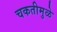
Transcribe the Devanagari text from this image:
चकतीमुळे